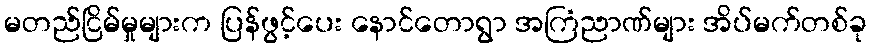
မတည်ငြိမ်မှုများက ပြန်ဖွင့်ပေး နောင်တောရွာ အကြံညာဏ်များ အိပ်မက်တစ်ခု